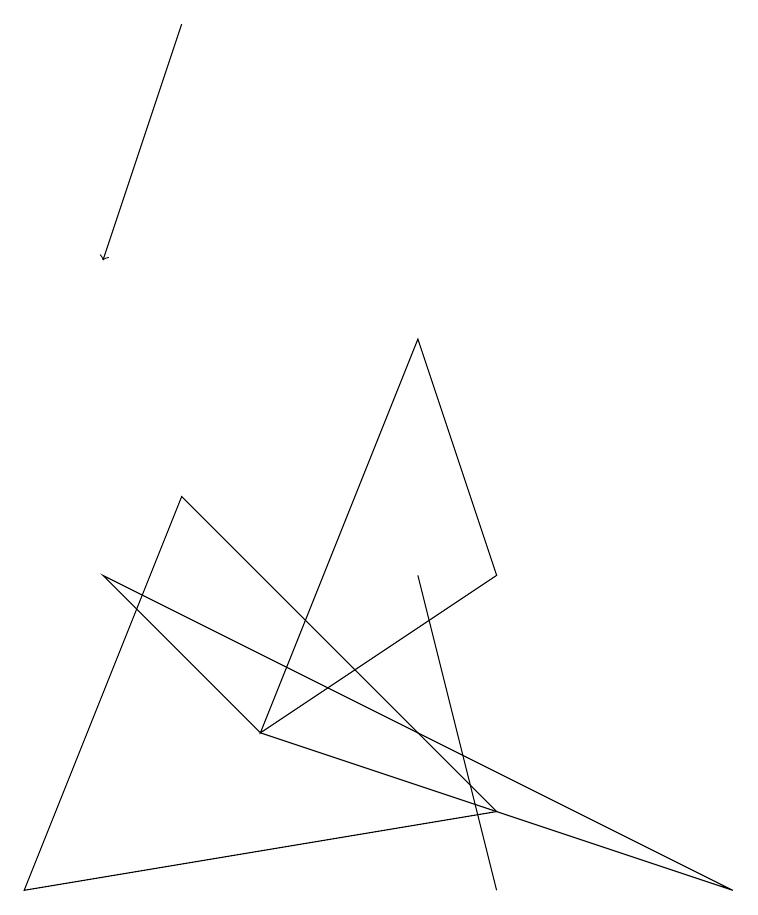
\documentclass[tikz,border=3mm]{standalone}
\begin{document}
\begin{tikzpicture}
\draw (6,3) -- (0,2) -- (2,7) -- cycle;
\draw (5,6) -- (5,6) -- (6,2) -- cycle;
\draw[->] (2,13) -- (1,10);
\draw (5,9) -- (3,4) -- (6,6) -- cycle;
\draw (1,6) -- (3,4) -- (9,2) -- cycle;
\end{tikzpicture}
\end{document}